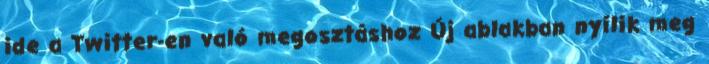
ide a Twitter-en való megosztáshoz Új ablakban nyílik meg